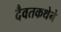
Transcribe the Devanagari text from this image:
दैवतकथेने